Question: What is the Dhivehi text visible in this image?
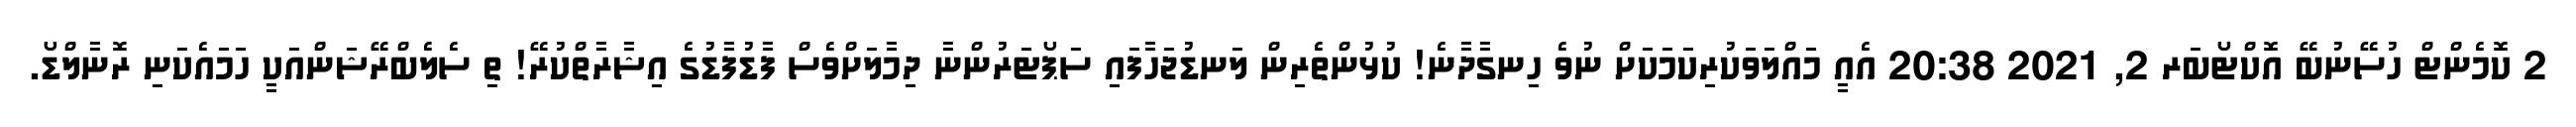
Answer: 2 ކޮމެންޓް ހުސޭނުބޭ އޮކްޓޯބަރ 2, 2021 20:38 އެއީ މައްލަވަކުރިކަމަކަށް ނުވެ ހިނގާދާނެ! ކުޅުންތެރިން ލަނޑުޖަހާފައި ސަޕޯޓަރުންނާ ދިމާލަށްވެސް ފާޑުފާޑުގެ އިޝާރާތްކުރޭ! ތި ސެލެބްރޭޝަންއަކީ ހަމައެކަނި ރޮނާލްޑޯ.